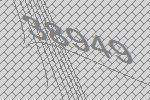
38949